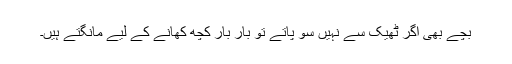
بچے بھی اگر ٹھیک سے نہیں سو پاتے تو بار بار کچھ کھانے کے لیے مانگتے ہیں۔